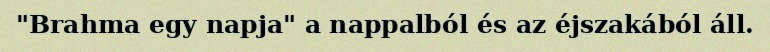
"Brahma egy napja" a nappalból és az éjszakából áll.